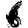
Digit: 6